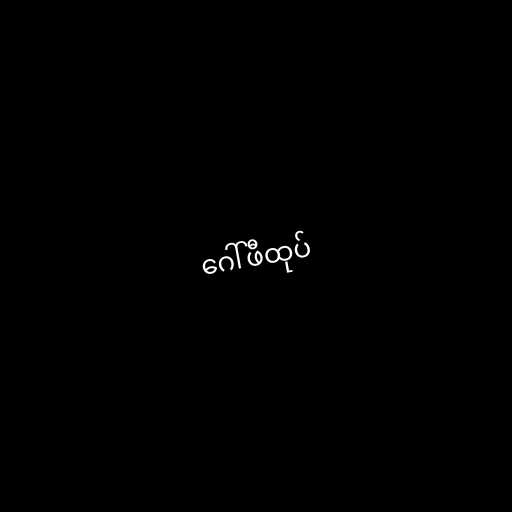
ဂေါ်ဖီထုပ်